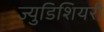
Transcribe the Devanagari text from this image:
ज्युडिशियरी